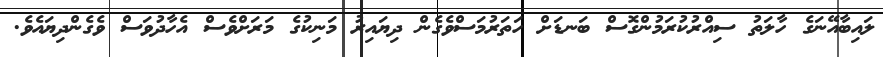
ލައިބާއޭނަގެ ހާލަތު ސިއްރުކުރަމުންގޮސް ބަނޑަށް ހަތަރުމަސްވެގެން ދިޔައިރު މަނިކުގެ މަރަށްވެސް އެހާދުވަސް ވެގެންދިޔައެވެ.